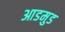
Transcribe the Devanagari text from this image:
आडमुड